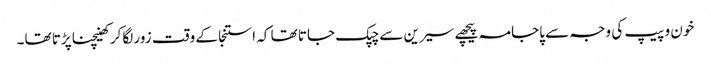
خون و پیپ کی وجہ سے پاجامہ پیچھے سیرین سے چپک جاتا تھا کہ استنجا کے وقت زور لگاکر کھینچنا پڑتا تھا۔